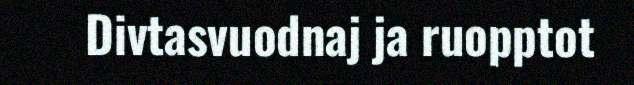
Divtasvuodnaj ja ruopptot